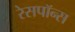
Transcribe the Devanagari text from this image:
रेसपॉन्स